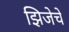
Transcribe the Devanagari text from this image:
झिजेचे